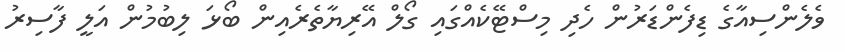
ވެލެންސިއާގެ ޑިފެންޑަރުން ހެދި މިސްޓޭކެއްގައި ގޯލް އޭރިޔާތެރެއިން ބޯޅަ ލިބުމުން އަލީ ފާސިރު